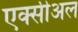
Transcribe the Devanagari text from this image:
एक्सीअल